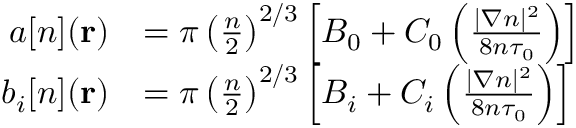
\begin{array} { r l } { a [ n ] ( \mathbf { r } ) } & { = \pi \left( \frac { n } { 2 } \right) ^ { 2 / 3 } \left[ B _ { 0 } + C _ { 0 } \left( \frac { | \nabla n | ^ { 2 } } { 8 n \tau _ { 0 } } \right) \right] } \\ { b _ { i } [ n ] ( \mathbf { r } ) } & { = \pi \left( \frac { n } { 2 } \right) ^ { 2 / 3 } \left[ B _ { i } + C _ { i } \left( \frac { | \nabla n | ^ { 2 } } { 8 n \tau _ { 0 } } \right) \right] } \end{array}